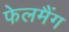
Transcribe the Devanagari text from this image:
फेलमैंग